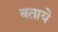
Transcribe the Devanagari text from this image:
बतायेे